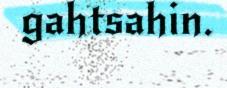
gahtsahin.